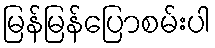
မြန်မြန်ပြောစမ်းပါ